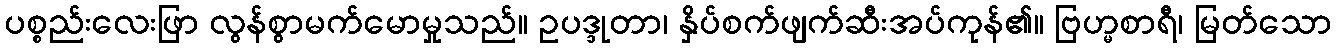
ပစ္စည်းလေးဖြာ လွန်စွာမက်မောမှုသည်။ ဥပဒ္ဒုတာ၊ နှိပ်စက်ဖျက်ဆီးအပ်ကုန်၏။ ဗြဟ္မစာရီ၊ မြတ်သော